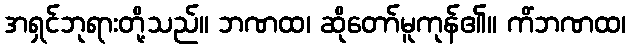
အရှင်ဘုရားတို့သည်။ ဘဏထ၊ ဆိုတော်မူကုန်၏။ ကိံဘဏထ၊